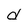
Character: d